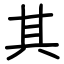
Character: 其